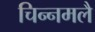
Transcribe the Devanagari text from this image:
चिन्नमलै